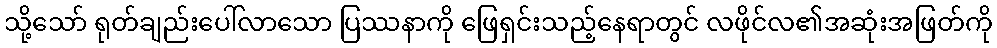
သို့သော် ရုတ်ချည်းပေါ်လာသော ပြဿနာကို ဖြေရှင်းသည့်နေရာတွင် လဖိုင်လ၏အဆုံးအဖြတ်ကို